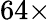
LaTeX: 64\times